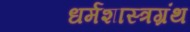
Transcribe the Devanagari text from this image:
धर्मशास्त्रग्रंथ